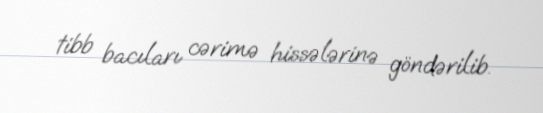
tibb bacıları cərimə hissələrinə göndərilib.